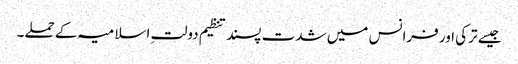
جیسے ترکی اور فرانس میں شدت پسند تنظیم دولتِ اسلامیہ کے حملے۔